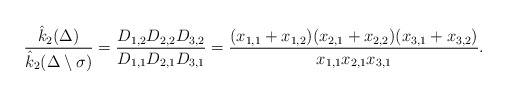
\begin{align*}\dfrac{\hat{k}_2{(\Delta)}}{\hat{k}_2(\Delta\setminus\sigma)}= \dfrac{D_{1,2}D_{2,2}D_{3,2}}{D_{1,1}D_{2,1}D_{3,1}}=\dfrac{(x_{1,1}+x_{1,2})(x_{2,1}+x_{2,2})(x_{3,1}+x_{3,2})}{x_{1,1}x_{2,1}x_{3,1}}.\end{align*}